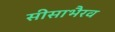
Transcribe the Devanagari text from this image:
सीसाभैरव